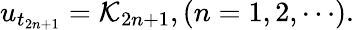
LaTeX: u_{t_{2n+1}}={\cal K}_{2n+1},(n=1,2,\cdots).